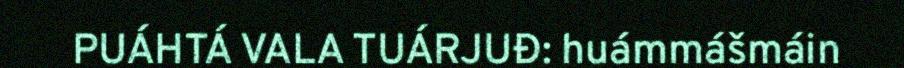
PUÁHTÁ VALA TUÁRJUĐ: huámmášmáin